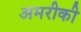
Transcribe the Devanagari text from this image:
अमरीकी